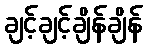
ချင့်ချင့်ချိန်ချိန်